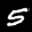
Label: 5